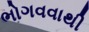
ભોગવવાથી